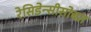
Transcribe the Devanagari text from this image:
रेसिडेन्सीसोबत